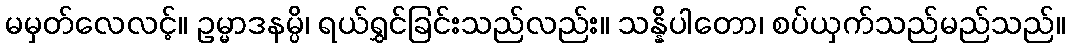
မမှတ်လေလင့်။ ဥမ္မာဒနမ္ပိ၊ ရယ်ရွှင်ခြင်းသည်လည်း။ သန္နိပါတော၊ စပ်ယှက်သည်မည်သည်။